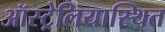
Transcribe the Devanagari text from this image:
ऑस्ट्रेलियास्थित